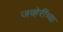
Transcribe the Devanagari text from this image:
जव्हेरींच्या